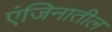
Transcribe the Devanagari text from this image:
एंजिनातील